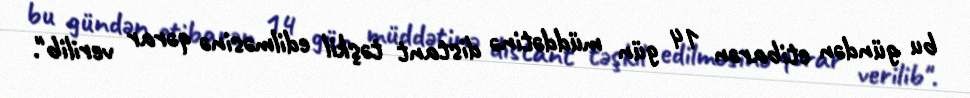
bu gündən etibarən 14 gün müddətinə distant təşkil edilməsinə qərar verilib".